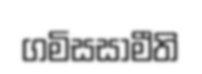
ගමිසසාමීති